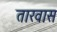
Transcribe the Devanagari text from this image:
तारवास